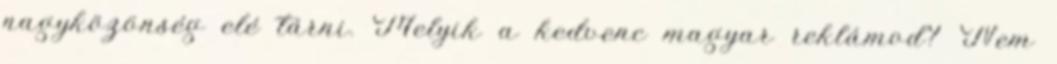
nagyközönség elé tárni. Melyik a kedvenc magyar reklámod? Nem